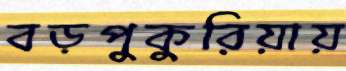
বড়পুকুরিয়ায়